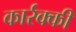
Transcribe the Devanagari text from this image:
कार्रक्की